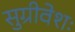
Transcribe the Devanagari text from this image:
सुग्रीवेशः